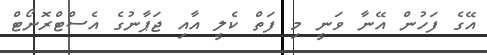
އޭގެ ފަހުން އޭނާ ވަނީ މި ފަތް ކެލީ އާއި ޖަޕާނުގެ އެސްޓްރޮނޯޓް